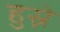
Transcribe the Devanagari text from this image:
हुस्ने